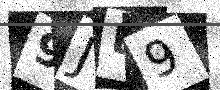
Text: 9JE9